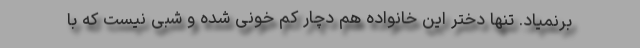
برنمیاد. تنها دختر این خانواده هم دچار کم خونی شده و شبی نیست که با